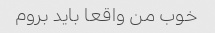
خوب من واقعا باید بروم